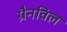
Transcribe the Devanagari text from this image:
ग्रैनविल